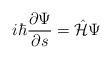
LaTeX: \begin{align*}i\hbar\frac{\partial \Psi}{\partial s} = \hat{\cal H}\Psi\end{align*}